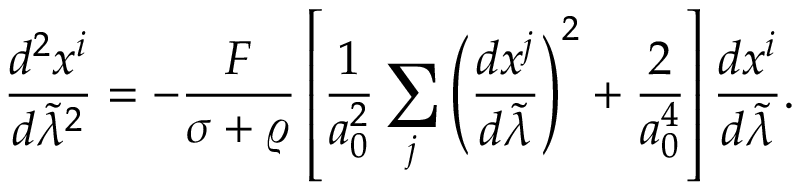
{ \frac { d ^ { 2 } x ^ { i } } { d \tilde { \lambda } ^ { 2 } } } = - { \frac { F } { \sigma + \varrho } } \left[ { \frac { 1 } { a _ { 0 } ^ { 2 } } } \sum _ { j } \left( { \frac { d x ^ { j } } { d \tilde { \lambda } } } \right) ^ { 2 } + { \frac { 2 } { a _ { 0 } ^ { 4 } } } \right] { \frac { d x ^ { i } } { d \tilde { \lambda } } } .